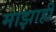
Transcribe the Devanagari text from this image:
माझाही